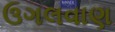
ઉગલવાણ